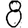
Digit: 8